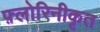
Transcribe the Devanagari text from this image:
फ़्लोरिनीकृत